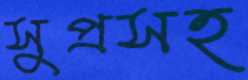
সুপ্রসহ